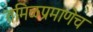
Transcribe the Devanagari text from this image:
तमिळप्रमाणेच